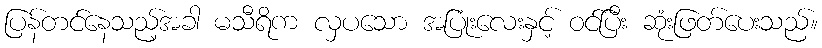
ပြန်တင်နေသည့်အခါ မသီရိက လှပသော အပြုံးလေးနှင့် ဝင်ပြီး ဆုံးဖြတ်ပေးသည်။